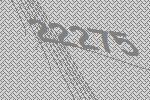
22275